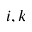
i , k